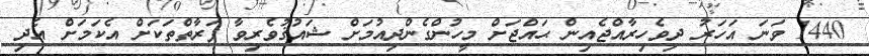
1440 ވަނަ އަހަރު ދިވެހިރާއްޖެއިން ޙައްޖަށް މީހުންގެންދިއުމަށް ޝައުޤުވެރިވާ ފަރާތްތަކަށް އެކަމަށް އެދި